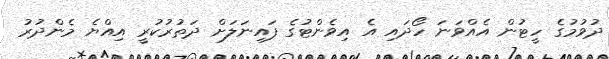
ދުވުމުގެ ހީޓުން އެއްވަނަ ހޯދައި އެ އިވެންޓުގެ ފައިނަލަށް ދަތުރުކުރީ އިއްޔެ މެންދުރު